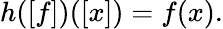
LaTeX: h([f])([x])=f(x).